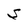
Character: S